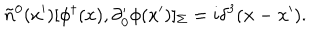
LaTeX: \tilde { n } ^ { 0 } ( x ^ { \prime } ) [ \phi ^ { \dagger } ( x ) , \partial _ { 0 } ^ { \prime } \phi ( x ^ { \prime } ) ] _ { \Sigma } = i \delta ^ { 3 } ( { \bf x } - { \bf x } ^ { \prime } ) .